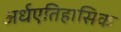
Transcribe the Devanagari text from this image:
अर्धएतिहासिक